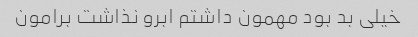
خیلی بد بود مهمون داشتم ابرو نذاشت برامون